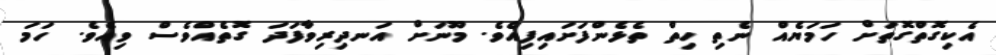
އެކިގޮތްގޮތަށް ހަމަޔެއް ނެތި ހިތް ތެޅެންފަށައިފިއެވެ. މޫނަށް އަނދިރިވާފަދަ ގޮތެއްވެސް ވިއެވެ. ހަމަ